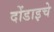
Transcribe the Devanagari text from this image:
दोंडाइचे